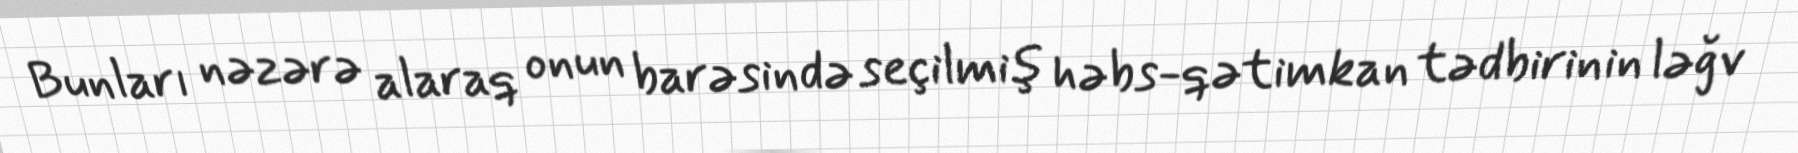
Bunları nəzərə alaraq onun barəsində seçilmiş həbs-qətimkan tədbirinin ləğv